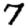
Digit: 7